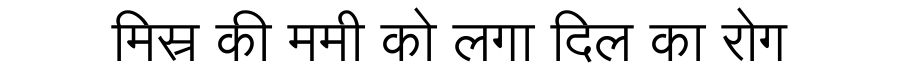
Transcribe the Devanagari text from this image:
मिस्र की ममी को लगा दिल का रोग